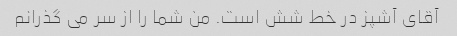
آقای آشپز در خط شش است. من شما را از سر می گذرانم